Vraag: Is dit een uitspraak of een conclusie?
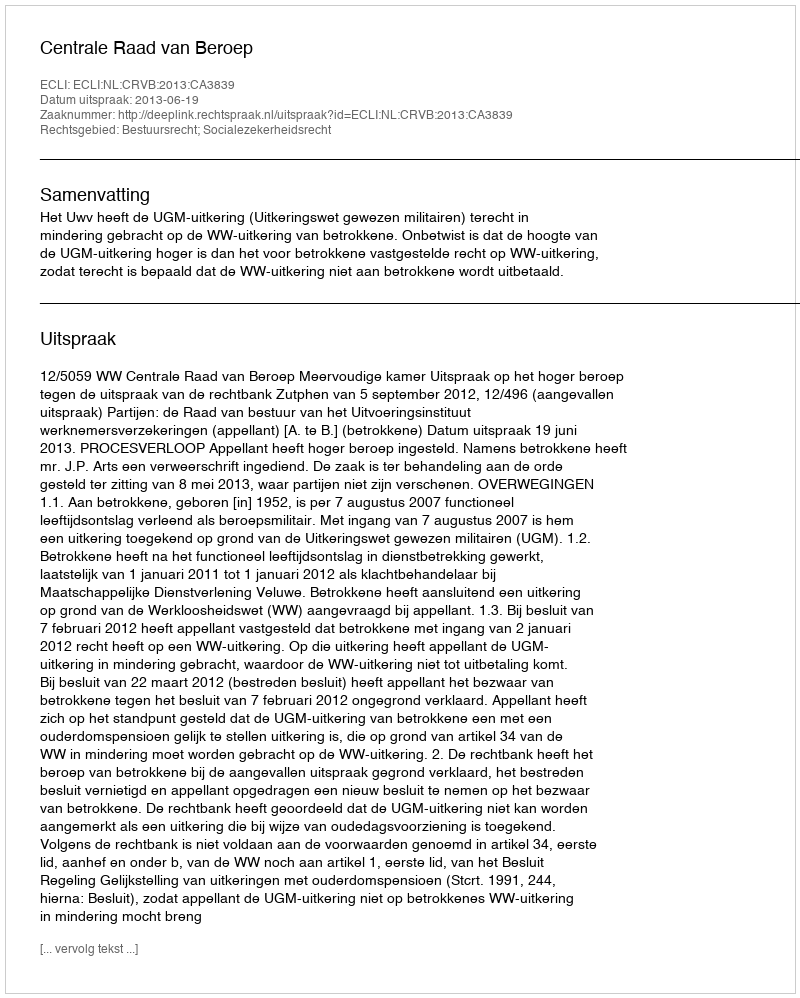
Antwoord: Uitspraak